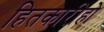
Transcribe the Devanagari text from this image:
हितकारीहो